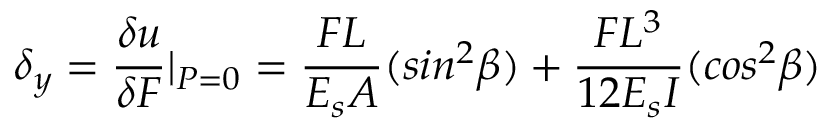
\delta { _ y } = \frac { \delta { u } } { \delta { F } } \textbar { _ { P = 0 } } = \frac { F L } { E _ { s } A } ( s i n ^ { 2 } \beta ) + \frac { F L ^ { 3 } } { 1 2 E _ { s } I } ( c o s ^ { 2 } \beta )